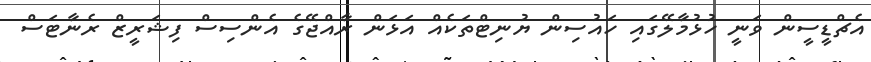
އެޗްޑީސީން ވަނީ ހުޅުމާލޭގައި ހައުސިން ޔުނިޓްތަކެއް އަޅަން ރާއްޖޭގެ އެންސިސް ފިޝަރީޒް ރެނާޓަަސް